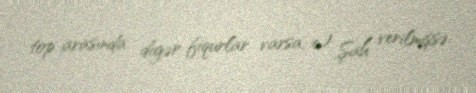
top arasında digər fiqurlar varsa; c) Şah verilmişsə.